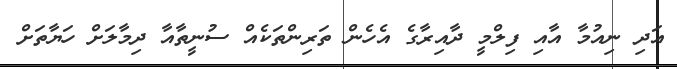
އަދި ނިއުމާ އާއި ފިލްމީ ދާއިރާގެ އެހެން ތަރިންތަކެއް ސުނީތާއާ ދިމާލަށް ހަޔާތަށް